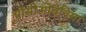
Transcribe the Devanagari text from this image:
प्रोसीओबेनिया